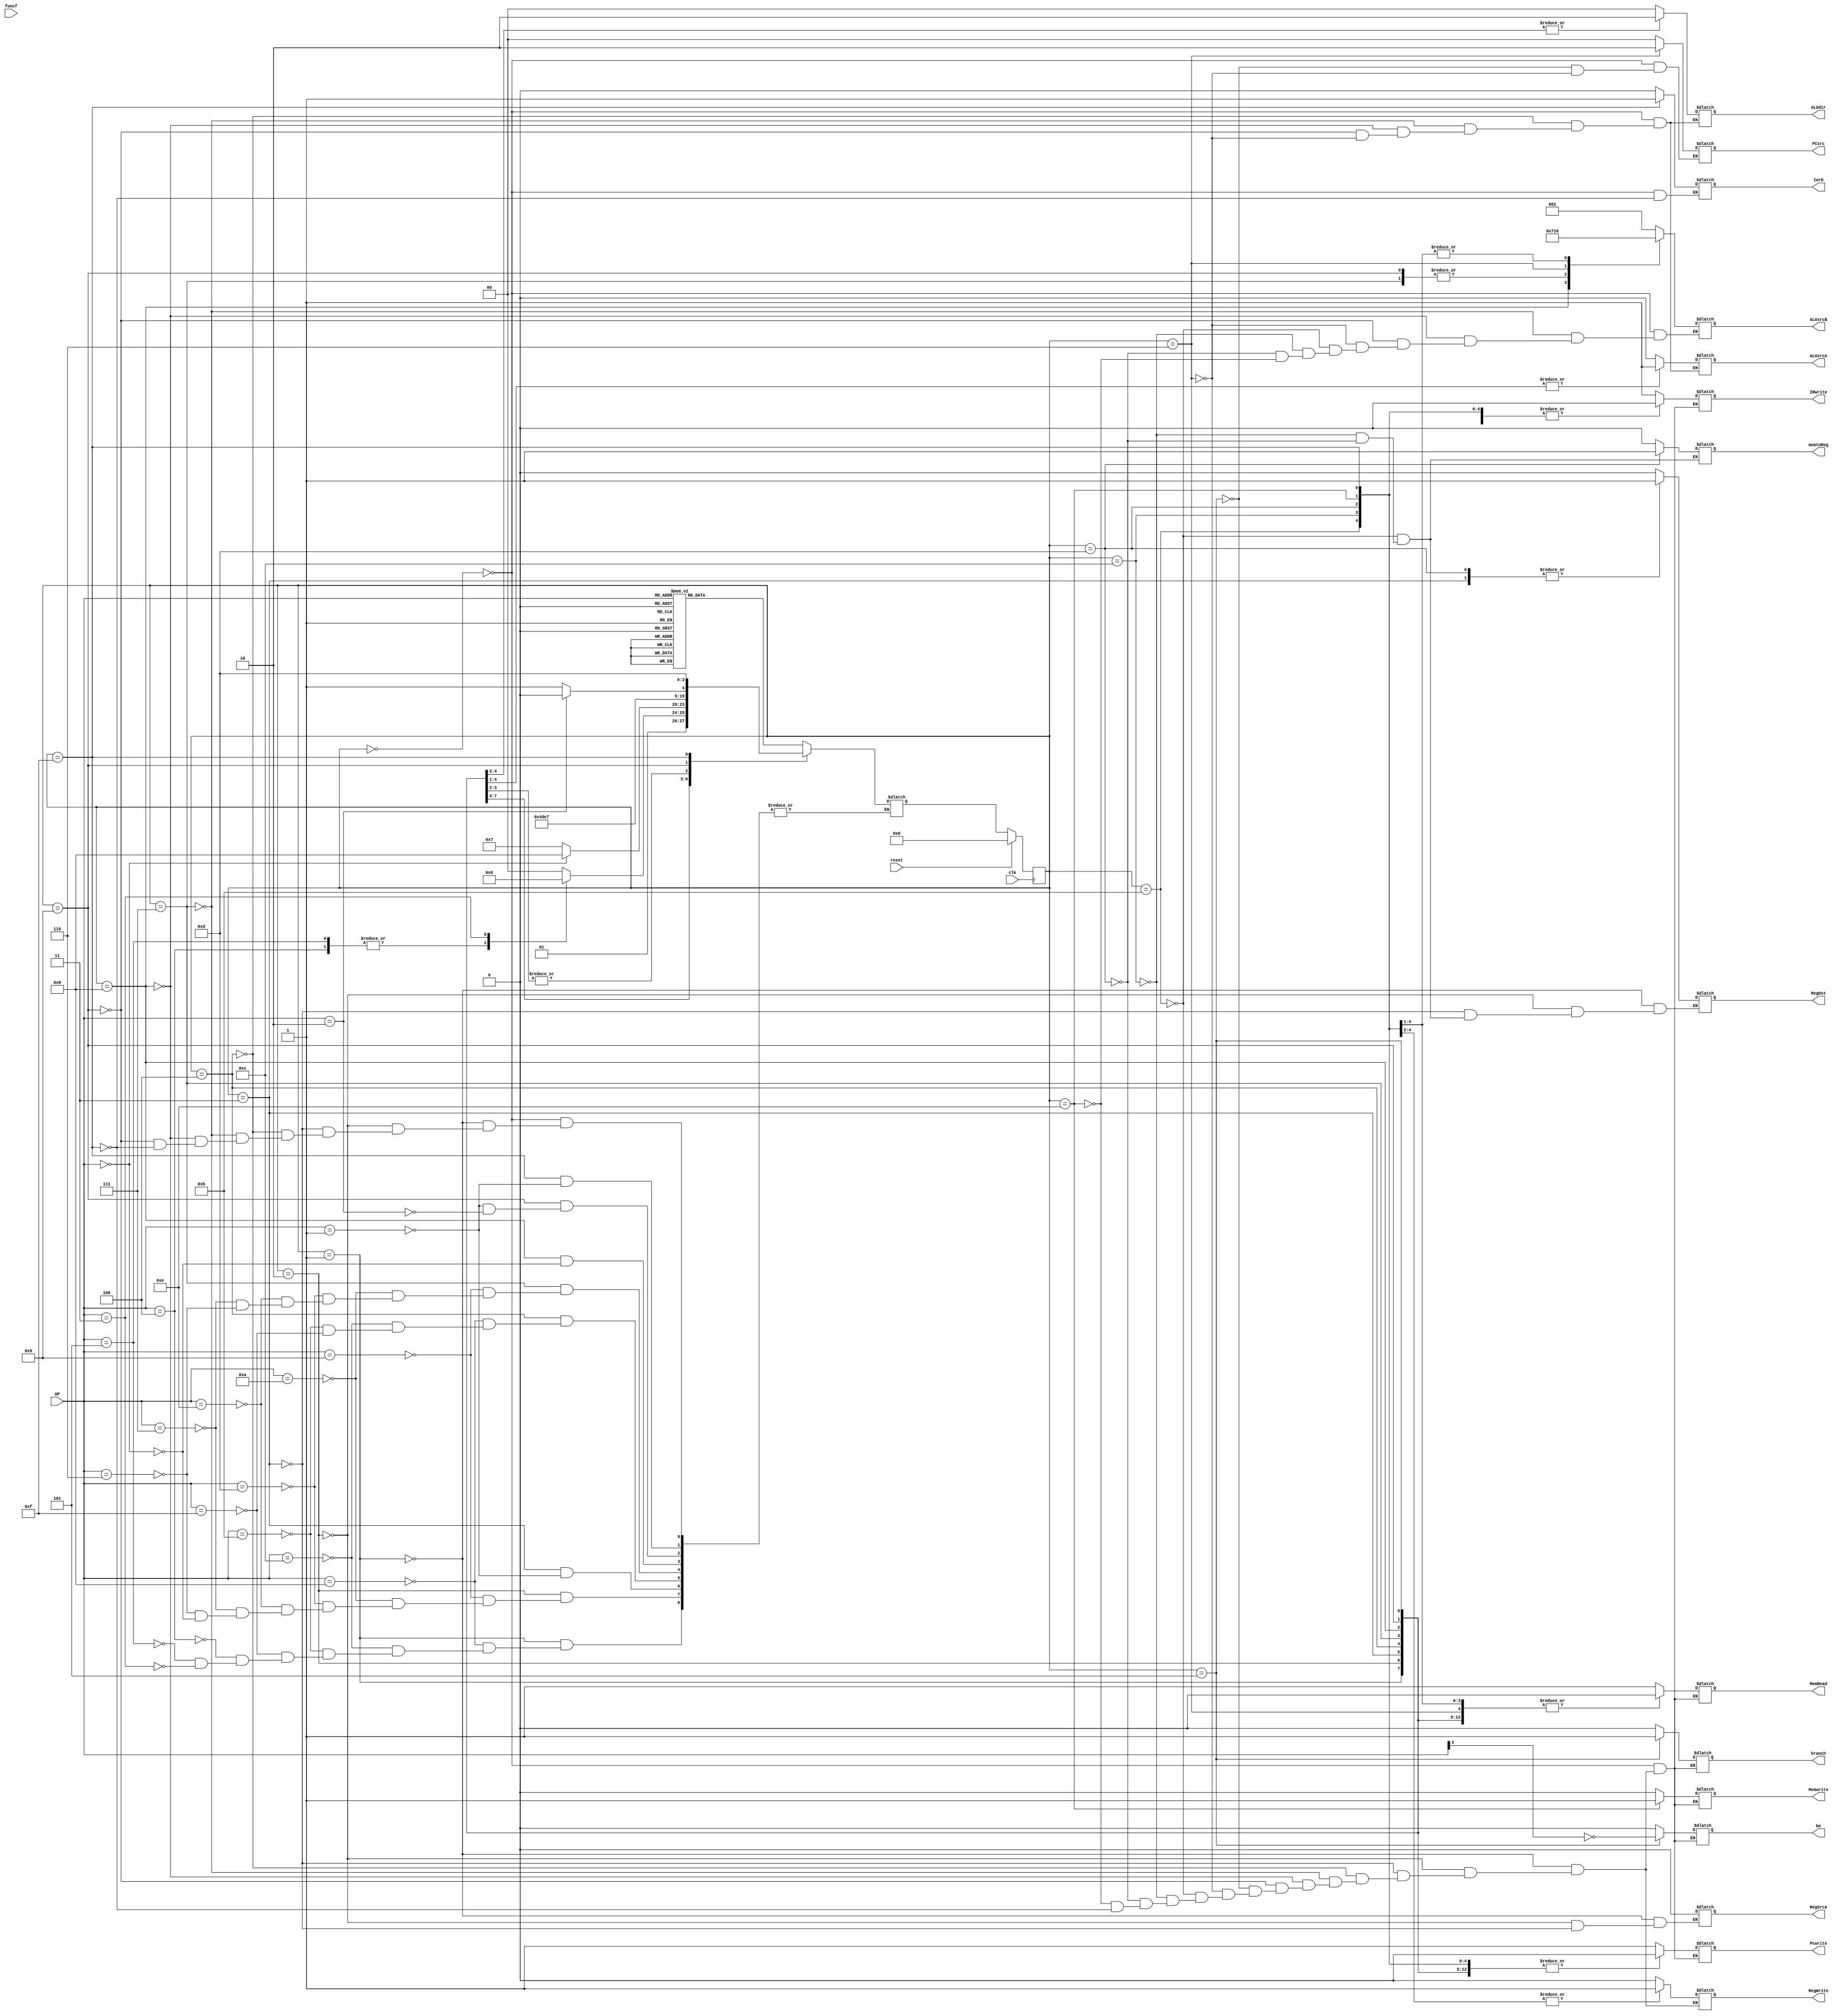
module ControlFSM( OP,
                  reset,
                  funcf,
                  clk,
                  PCsrc,
                  IorD,
                  Memwrite,
                  MemRead,
                  IRwrite,
                  RegDst,
                  RegSrcA,
                  RegWrite,
                  ALUsrcA,
                  ALUsrcB,
                  ALUdir,
                  memtoReg,
                  Pcwrite,
                  branch,
                  be
            );

      input clk;
      input [0:3] OP;
      input [0:3] funcf;
      input reset;

      output reg [1:0] PCsrc;
      output reg IorD;
      output reg Memwrite;
      output reg MemRead;
      output reg IRwrite;
      output reg RegDst;
      output reg RegSrcA;
      output reg RegWrite;
      output reg ALUsrcA;
      output reg [2:0] ALUsrcB;
      output reg [1:0] ALUdir;
      output reg memtoReg;
      output reg Pcwrite;
      output reg branch;
      output reg be;

      //states defination
      parameter Fetch = 4'b0000;
      parameter Decode_rb = 4'b0001;
      parameter Decode_i = 4'b0010;
      parameter Decode_lsw = 4'b0011;
      parameter Execute_r = 4'b0100;
      parameter Execute_b = 4'b0101;
      parameter Execute_j = 4'b0110;
      parameter Execute_i1 = 4'b0111;
      parameter Execute_i2 = 4'b1000;
      parameter Execute_lsw = 4'b1001;
      parameter Writeback_r = 4'b1011;
      parameter Writeback_i = 4'b1100;
      parameter Writeback_lw = 4'b1101;
      parameter Writeback_sw = 4'b1110;
      parameter Mem_lw  =  4'b1111;
      //control circuit
      reg [3:0] state;
      reg [3:0] nextstate;


      always@(posedge clk) begin
            if(reset)
                  state <= Fetch;
            else 
                  state <= nextstate;
      end

      always@(state, OP) begin
            case(state)         
                  Fetch: case(OP)
                              4'b1000:nextstate <= Decode_rb;
                              4'b1100:nextstate <= Decode_rb;
                              4'b1011:nextstate <= Decode_rb;
                              4'b1111:nextstate <= Decode_rb;
                              4'b0100:nextstate <= Decode_rb;
                              4'b0101:nextstate <= Decode_rb;
                              4'b0011:nextstate <= Decode_rb;
                              4'b1001:nextstate <= Decode_i;
                              4'b1010:nextstate <= Decode_i;
                              4'b1101:nextstate <= Decode_i;
                              4'b1110:nextstate <= Decode_i;
                              4'b0000:nextstate <= Decode_i;
                              4'b0111:nextstate <= Decode_i;
                              4'b0110:nextstate <= Decode_i;
                              4'b0001:nextstate <= Decode_lsw;
                              4'b0010:nextstate <= Decode_lsw;
                        endcase
                  Decode_rb: case(OP)
                              4'b1000:nextstate <= Execute_r;
                              4'b1100:nextstate <= Execute_r;
                              4'b1011:nextstate <= Execute_r;
                              4'b1111:nextstate <= Execute_r;
                              4'b0100:nextstate <= Execute_b;
                              4'b0101:nextstate <= Execute_b;
                              4'b0011:nextstate <= Execute_j;
                        endcase
                  Decode_i :  case(OP)
                              4'b1001:nextstate <= Execute_i1;
                              4'b1010:nextstate <= Execute_i1;
                              4'b1101:nextstate <= Execute_i1;
                              4'b1110:nextstate <= Execute_i1;
                              4'b0111:nextstate <= Execute_i1;
                              4'b0110:nextstate <= Execute_i1;
                              4'b0000:nextstate <= Execute_i2;
                        endcase
                  
                  Decode_lsw : case(OP)
                              4'b0001:nextstate <= Execute_lsw;
                        endcase
                        
                  Execute_r : case(OP)
                              4'b1000:nextstate <= Writeback_r;
                              4'b1100:nextstate <= Writeback_r;
                              4'b1011:nextstate <= Writeback_r;
                              4'b1111:nextstate <= Writeback_r;
                        endcase
                 
                  Execute_i1 : case(OP)
                              4'b1001:nextstate <= Writeback_i;
                              4'b1010:nextstate <= Writeback_i;
                              4'b1101:nextstate <= Writeback_i;
                              4'b1110:nextstate <= Writeback_i;
                              4'b0111:nextstate <= Writeback_i;
                              4'b0110:nextstate <= Writeback_i;
                        endcase
                  Execute_i2:  case(OP)
                              4'b0000:nextstate <= Writeback_i;
                        endcase
                  
                  Execute_lsw : case(OP)
                              4'b0001:nextstate <= Mem_lw;
                              4'b0010:nextstate <= Writeback_sw;
                        endcase
      
                  Mem_lw : case(OP)
                              4'b0001:nextstate <= Writeback_lw;
                        endcase
            endcase
      end
      
      always @(state) begin
            case(state)
                  Fetch : begin
                        Pcwrite <= 1'b1;
                        PCsrc <= 2'b00;
                        IorD <= 1'b0;
                        Memwrite <= 1'b0;
                        MemRead <= 1'b1;
                        IRwrite <= 1'b1;
                        ALUsrcA <= 1'b0;
                        ALUsrcB <= 3'b001;
                        ALUdir <= 2'b00;
                        branch <= 1'b0;
                        be <= 1'b0;
                  end
                  
                  Decode_rb : begin   
                        Pcwrite <= 1'b0;
                        Memwrite <= 1'b0;
                        MemRead <= 1'b0;
                        IRwrite <= 1'b0;
                        RegDst <= 1'b0;
                        RegSrcA <= 2'b00;
                        RegWrite <= 1'b0;
                        branch <= 1'b0;
                        be <= 1'b0;
                  end

                  Decode_i : begin
                        Pcwrite <= 1'b0;
                        Memwrite <= 1'b0;
                        MemRead <= 1'b0;
                        IRwrite <= 1'b0;
                        RegDst <= 1'b0;
                        RegSrcA <= 2'b00;
                        RegWrite <= 1'b0;
                        branch <= 1'b0;
                        be <= 1'b0;
                  end
            
                  Decode_lsw : begin
                        Pcwrite <= 1'b0;
                        Memwrite <= 1'b0;
                        MemRead <= 1'b0;
                        IRwrite <= 1'b0;
                        RegDst <= 1'b1;
                        RegSrcA <= 2'b10;
                        RegWrite <= 1'b0;
                        branch <= 1'b0;
                        be <= 1'b0;
                  end
                  
                  Execute_r : begin
                        Pcwrite <= 1'b0;
                        Memwrite <= 1'b0;
                        MemRead <= 1'b0;
                        IRwrite <= 1'b0;
                        RegWrite <= 1'b0;
                        ALUsrcA <= 1'b1;
                        ALUdir <= 2'b10;
                        branch <= 1'b0;
                        be <= 1'b0;
                  end
            
                  Execute_i1 : begin
                        Pcwrite <= 1'b0;
                        Memwrite <= 1'b0;
                        MemRead <= 1'b0;
                        IRwrite <= 1'b0;
                        RegWrite <= 1'b0;
                        ALUsrcA <= 1'b1;
                        ALUsrcB <= 3'b100;
                        ALUdir <= 2'b10;
                        branch <= 1'b0;
                        be <= 1'b0;
                  end
            
                  Execute_i2 : begin
                        Pcwrite <= 1'b0;
                        Memwrite <= 1'b0;
                        MemRead <= 1'b0;
                        IRwrite <= 1'b0;
                        RegWrite <= 1'b0;
                        ALUsrcA <= 1'b1;
                        ALUsrcB <= 3'b011;
                        ALUdir <= 2'b10;
                        branch <= 1'b0;
                        be <= 1'b0;
                  end
            
                  Execute_lsw : begin
                        Pcwrite <= 1'b0;
                        Memwrite <= 1'b0;
                        MemRead <= 1'b0;
                        IRwrite <= 1'b0;
                        RegWrite <= 1'b0;
                        ALUsrcA <= 1'b1;
                        ALUsrcB <= 3'b100;
                        ALUdir <= 2'b00;
                        branch <= 1'b0;
                        be <= 1'b0;
                  end
            
                  Execute_b : begin
                        Pcwrite <= 1'b0;
                        PCsrc <= 1'b10;
                        Memwrite <= 1'b0;
                        MemRead <= 1'b0;
                        IRwrite <= 1'b0;
                        RegWrite <= 1'b0;
                        branch <= 1'b1;
                        be <= ~OP[0];
                  end
            
                  Execute_j : begin 
                        PCsrc <= 2'b10;
                        Pcwrite <= 1'b1;  
                        Memwrite <= 1'b0;
                        MemRead <= 1'b0;
                        IRwrite <= 1'b0;
                        RegWrite <= 1'b0;
                        ALUsrcA <= 1'b0;
                        ALUsrcB <= 3'b010;
                        ALUdir <= 2'b00;
                        branch <= 1'b0;
                        be <= 1'b0;
                  end
            
                  Writeback_r : begin
                        Pcwrite <= 1'b0;
                        Memwrite <= 1'b0;
                        MemRead <= 1'b0;
                        IRwrite <= 1'b0;
                        RegDst <= 1'b0;
                        RegWrite <= 1'b1;
                        ALUsrcB <= 3'b000;
                        memtoReg <= 1'b0;
                        branch <= 1'b0;
                        be <= 1'b0;
                  end
            
                  Writeback_i : begin
                        Pcwrite <= 1'b0;
                        Memwrite <= 1'b0;
                        MemRead <= 1'b0;
                        IRwrite <= 1'b0;
                        RegDst <= 1'b0;
                        RegWrite <= 1'b1;
                        ALUsrcB <= 3'b000;
                        memtoReg <= 1'b0;
                        branch <= 1'b0;
                        be <= 1'b0;
                  end

                  Writeback_lw : begin
                        Pcwrite <= 1'b0;
                        Memwrite <= 1'b0;
                        MemRead <= 1'b0;
                        IRwrite <= 1'b0;
                        RegDst <= 1'b1;
                        RegWrite <= 1'b1;
                        ALUsrcB <= 3'b000;
                        memtoReg <= 1'b1;
                        branch <= 1'b0;
                        be <= 1'b0;
                  end
                        
                  Writeback_sw : begin
                        Pcwrite <= 1'b0;
                        Memwrite <= 1'b1;
                        MemRead <= 1'b0;
                        IRwrite <= 1'b0;
                        RegWrite <= 1'b0;
                        ALUsrcB <= 3'b000;
                        branch <= 1'b0;
                        be <= 1'b0;
                  end

                  Mem_lw : begin
                        Pcwrite <= 1'b0;
                        IorD <= 1'b1;
                        Memwrite <= 1'b0;
                        MemRead <= 1'b1;
                        IRwrite <= 1'b0;
                        RegWrite <= 1'b0;
                        branch <= 1'b0;
                        be <= 1'b0;
                  end
            endcase
      end
endmodule